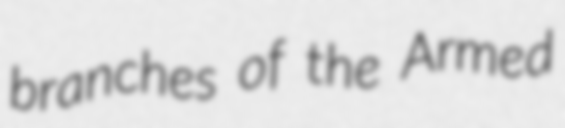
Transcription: branches of the Armed